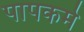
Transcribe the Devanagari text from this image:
पापकर्मे